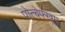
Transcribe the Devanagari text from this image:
पोत्चेफ्स्त्रूम